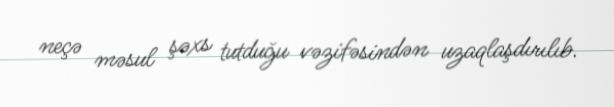
neçə məsul şəxs tutduğu vəzifəsindən uzaqlaşdırılıb.